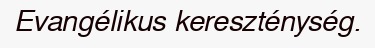
Evangélikus kereszténység.